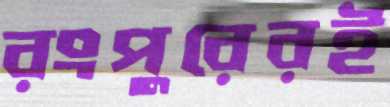
রংপুরেরই